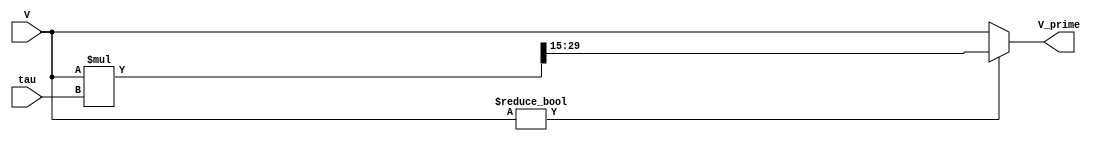
module decay( input [14:0] V, input [14:0] tau, output reg [14:0] V_prime);
    reg [29:0] mult;
    always @(V) begin
        if(V) begin
            mult = (V * tau);
            V_prime = mult >>> 15;
        end
        else begin
            V_prime = V;
        end
    end
endmodule